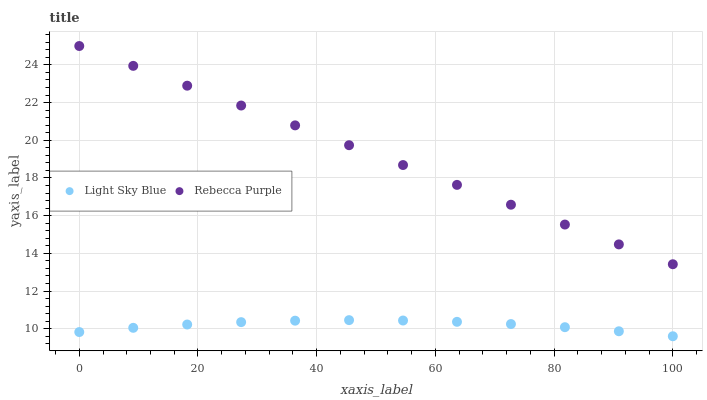
| xaxis_label | Light Sky Blue | Rebecca Purple |
 | --- | --- | --- |
 | 0 | 9.83 | 25 |
 | 9.09 | 10.1 | 23.9 |
 | 18.2 | 10.2 | 22.9 |
 | 27.3 | 10.4 | 21.8 |
 | 36.4 | 10.4 | 20.8 |
 | 45.5 | 10.5 | 19.7 |
 | 54.5 | 10.4 | 18.7 |
 | 63.6 | 10.4 | 17.6 |
 | 72.7 | 10.3 | 16.6 |
 | 81.8 | 10.1 | 15.5 |
 | 90.9 | 9.87 | 14.5 |
 | 100 | 9.6 | 13.4 |